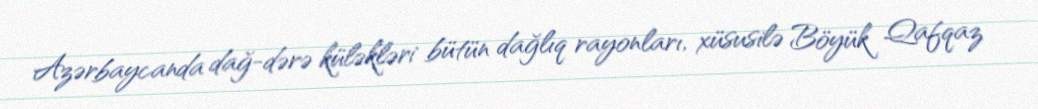
Azərbaycanda dağ-dərə küləkləri bütün dağlıq rayonları, xüsusilə Böyük Qafqaz